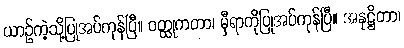
ယာဉ်ကဲ့သို့ပြုအပ်ကုန်ပြီ။ ဝတ္ထုကတာ၊ မှီရာကိုပြုအပ်ကုန်ပြီ။ အနုဋ္ဌိတာ၊